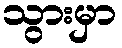
သွားမှာ